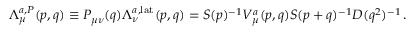
\Lambda _ { \mu } ^ { a , P } ( p , q ) \equiv P _ { \mu \nu } ( q ) \Lambda _ { \nu } ^ { a , \mathrm { l a t } } ( p , q ) = S ( p ) ^ { - 1 } V _ { \mu } ^ { a } ( p , q ) S ( p + q ) ^ { - 1 } D ( q ^ { 2 } ) ^ { - 1 } \, .